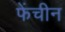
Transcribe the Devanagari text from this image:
फेंचीन